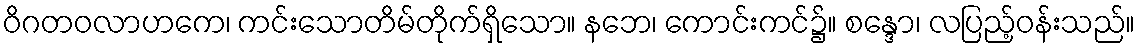
ဝိဂတဝလာဟကေ၊ ကင်းသောတိမ်တိုက်ရှိသော။ နဘေ၊ ကောင်းကင်၌။ စန္ဒော၊ လပြည့်ဝန်းသည်။